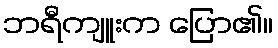
ဘရီကျူးက ပြော၏။